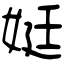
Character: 娗